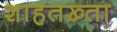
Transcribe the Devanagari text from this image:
शाहतख़्ता